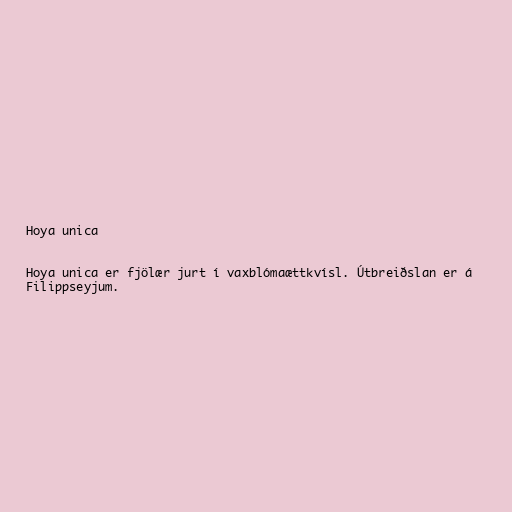
Hoya unica

Hoya unica er fjölær jurt í vaxblómaættkvísl. Útbreiðslan er á
Filippseyjum.